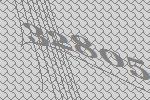
32805